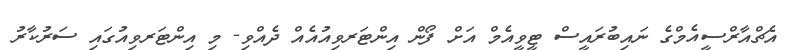
އެޗްއާރްސީއެމްގެ ނައިބުރައީސް ޓީވީއެމް އަށް ފޯން އިންޓަރވިއުއެއް ދެއްވި- މި އިންޓަރވިއުގައި ސަރުކާރު